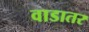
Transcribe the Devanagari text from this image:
वाडातर